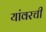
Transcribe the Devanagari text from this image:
यांवरची